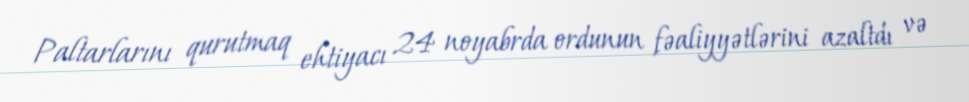
Paltarlarını qurutmaq ehtiyacı 24 noyabrda ordunun fəaliyyətlərini azaltdı və